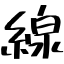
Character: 線